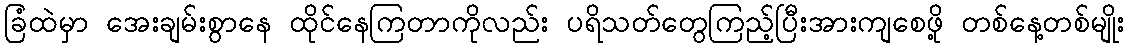
ခြံထဲမှာ အေးချမ်းစွာနေ ထိုင်နေကြတာကိုလည်း ပရိသတ်တွေကြည့်ပြီးအားကျစေဖို့ တစ်နေ့တစ်မျိုး